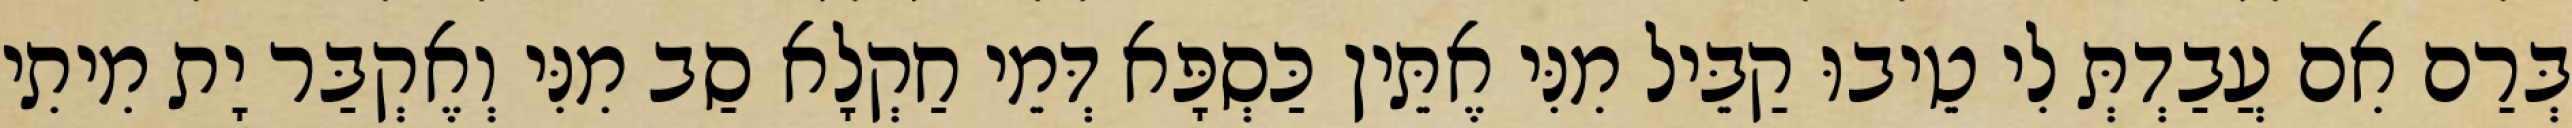
בְּרַם אִם עֲבַדְתְּ לִי טֵיבוּ קַבֵּיל מִנִּי אֶתֵּין כַּסְפָּא דְּמֵי חַקְלָא סַב מִנִּי וְאֶקְבַּר יָת מִיתִי